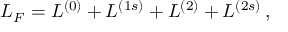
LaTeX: { \cal L } _ { F } = { \cal L } ^ { ( 0 ) } + { \cal L } ^ { ( 1 s ) } + { \cal L } ^ { ( 2 ) } + { \cal L } ^ { ( 2 s ) } \, ,